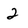
Character: 2